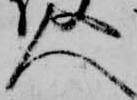
人